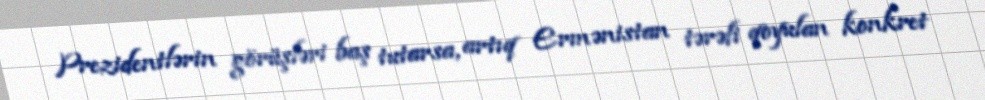
Prezidentlərin görüşləri baş tutarsa, artıq Ermənistan tərəfi qoyulan konkret